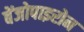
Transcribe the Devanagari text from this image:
बेंजोपाइरोन